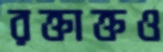
রক্তাক্তও